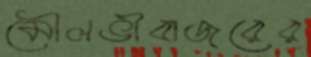
মৌলভীবাজরের